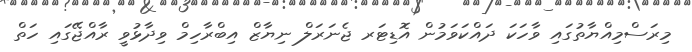
މިރަސްމިއްޔާތުގައި ވާހަކަ ދައްކަވަމުން އޮޑިޓަރ ޖެނަރަލް ނިޔާޒް އިބްރާހިމް ވިދާޅުވީ ރާއްޖޭގައި ހަތް